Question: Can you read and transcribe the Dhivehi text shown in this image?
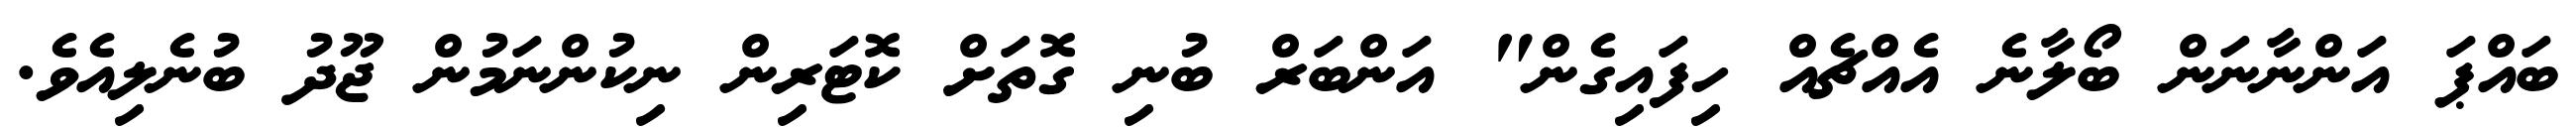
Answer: ބައްޕަ އަންނާނަން ބޯލާނެ އެއްޗެއް ހިފައިގެން" އަންބަރް ބުނި ގޮތަށް ކޮޓަރިން ނިކުންނަމުން ޖޫދު ބުނެލިއެވެ.